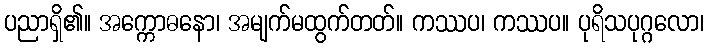
ပညာရှိ၏။ အက္ကောဓနော၊ အမျက်မထွက်တတ်။ ကဿပ၊ ကဿပ။ ပုရိသပုဂ္ဂလော၊